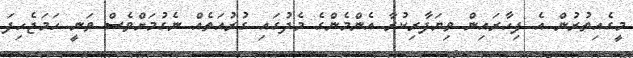
މީގެއިތުރުން އެ ފިހާރައިން ވިޔަފާރިކުރާ އެންމެންގެ މެދުގައި ގުރުއަތެއް ނެގުމަށްވެސް ވަނީ ހަމަޖެހިފަ